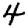
Digit: 4